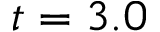
t = 3 . 0